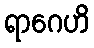
ရာဂေဟိ